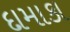
દામાકા